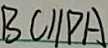
B C / / P A